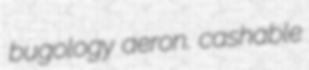
bugology aeron. cashable